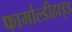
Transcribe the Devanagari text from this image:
फार्माल्डीहाइड